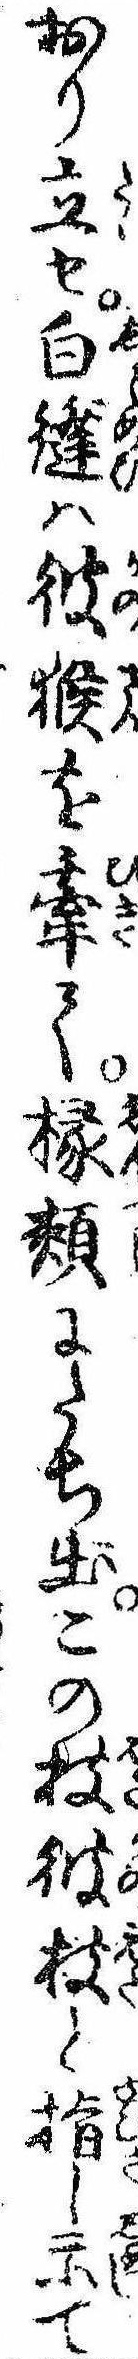
おり立せ白縫は彼猴を牽て頬にたち出この枝彼枝と指し示て